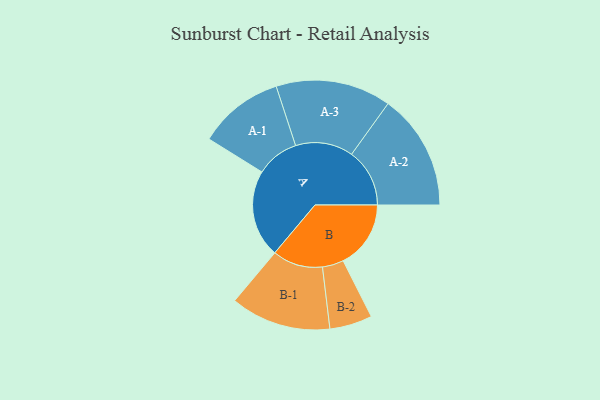
{"axis": {"x": "Segment", "y": "Value"}, "legend": ["", "A", "B"], "data": [{"x": "A", "y": 448, "type": ""}, {"x": "B", "y": 346, "type": ""}, {"x": "A-1", "y": 219, "type": "A"}, {"x": "A-2", "y": 297, "type": "A"}, {"x": "A-3", "y": 295, "type": "A"}, {"x": "B-1", "y": 257, "type": "B"}, {"x": "B-2", "y": 109, "type": "B"}]}